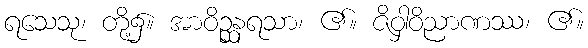
ရသေသု၊ တို့၌။ အာဝိဉ္ဆနရသာ၊ ၏။ ဇိဝှါဝိညာဏဿ၊ ၏။